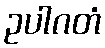
ဥပါဂတံ